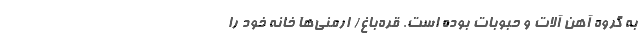
به گروه آهن آلات و حبوبات بوده است. قره‌باغ/ ارمنی‌ها خانه‌ خود را